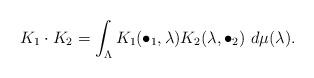
LaTeX: \begin{align*} K_1\cdot K_2 = \int_\Lambda K_1(\bullet_1,\lambda)K_2(\lambda,\bullet_2)~d\mu(\lambda).\end{align*}